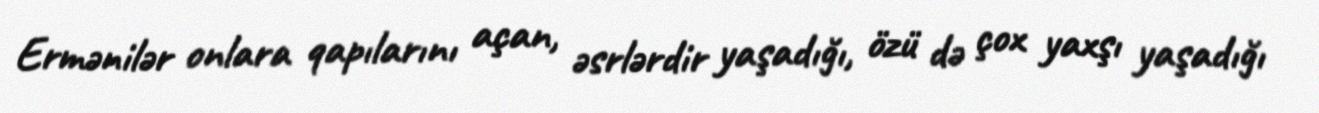
Ermənilər onlara qapılarını açan, əsrlərdir yaşadığı, özü də çox yaxşı yaşadığı